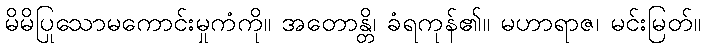
မိမိပြုသောမကောင်းမှုကံကို။ အတောန္တိ၊ ခံရကုန်၏။ မဟာရာဇ၊ မင်းမြတ်။